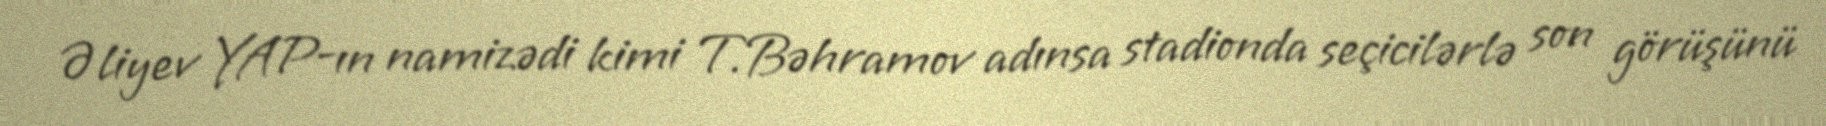
Əliyev YAP-ın namizədi kimi T.Bəhramov adınsa stadionda seçicilərlə son görüşünü